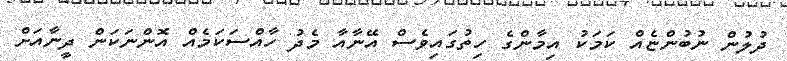
ދުލުން ނުބުންޏެއް ކަމަކު އިމާންގެ ހިތުގައިވެސް އޭނާއާ މެދު ހާއްސަކަމެއް އޮންނަކަން ދީނާއަށް